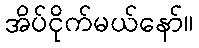
အိပ်ငိုက်မယ်နော်။